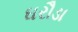
ઘરૌડા